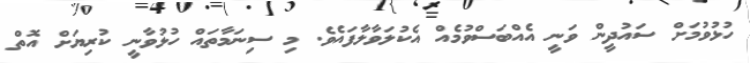
ހުޅުވުމަށް ސައުދީން ވަނީ އެއްބަސްވުމެއް އެކުލަވާލާފައެވެ. މި ސިނަމާތައް ހުޅުވާނީ ކުރިޔަށް އޮތް